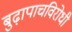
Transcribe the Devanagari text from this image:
बुढ़ापाचविरोधी